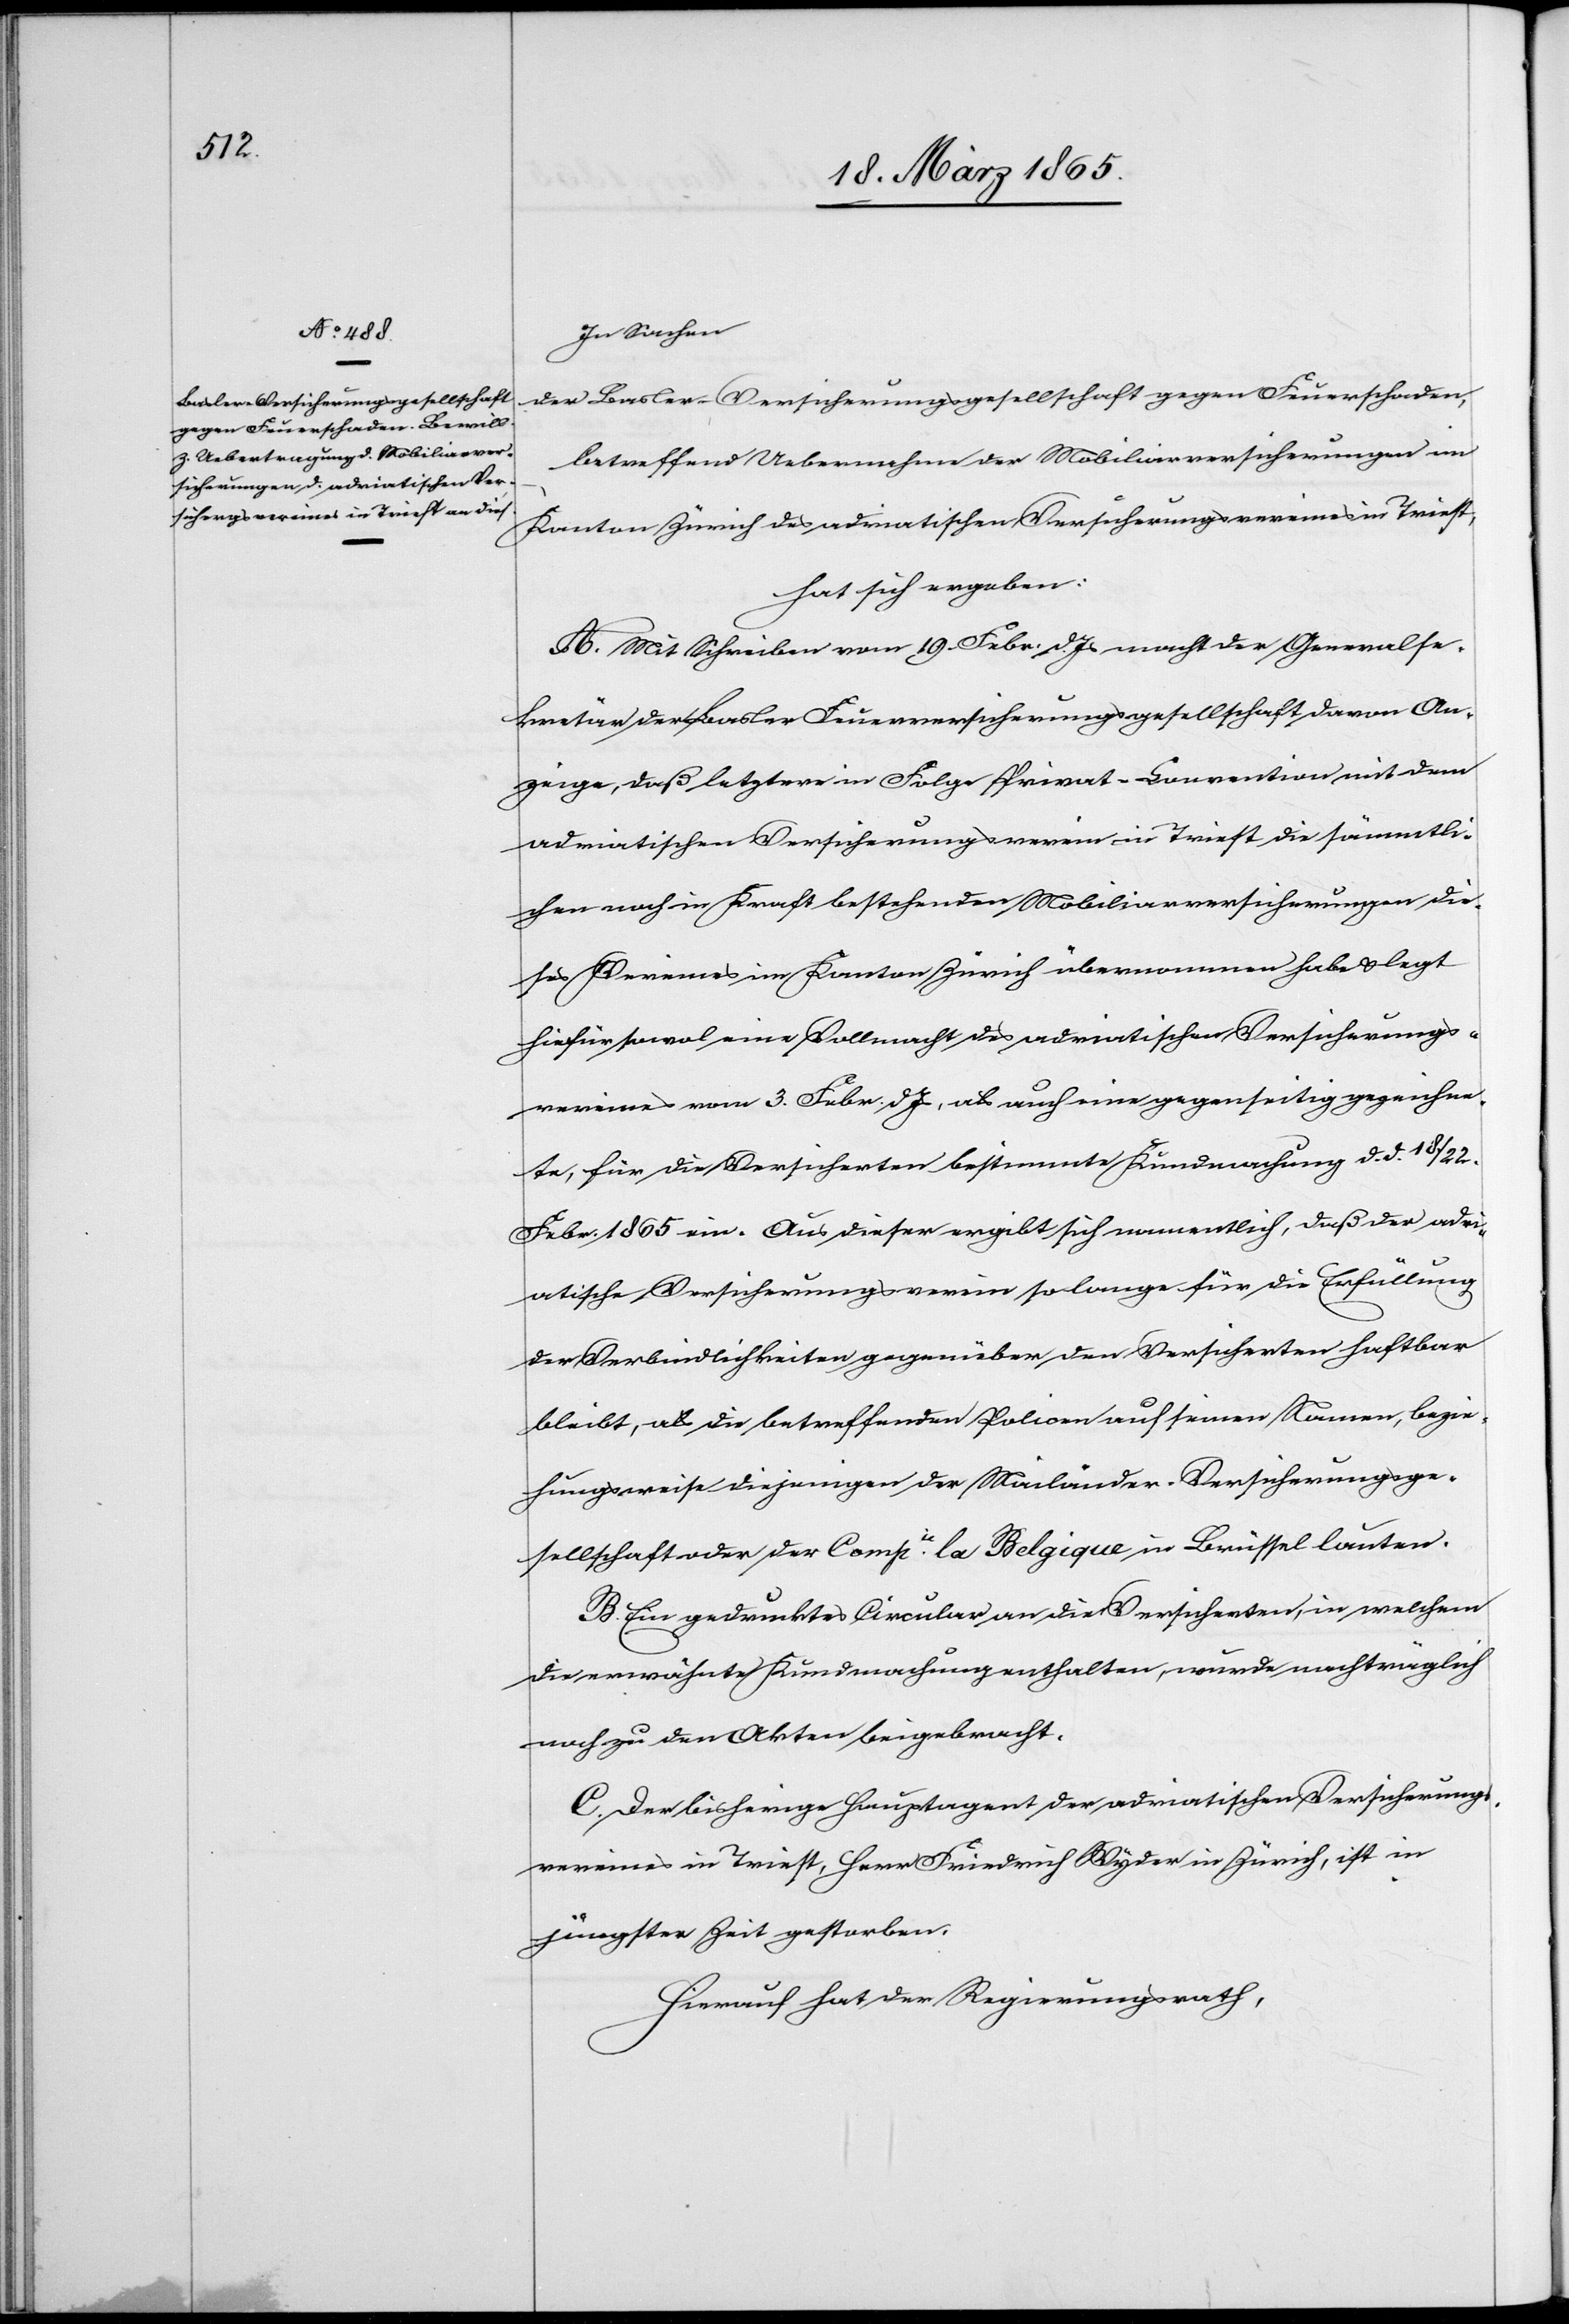
In Sachen
der Basler-Versicherungsgesellschaft gegen Feuerschaden,
betreffend Uebernahme der Mobiliarversicherungen im
Kanton Zürich des adriatischen Versicherungsvereines in Triest,
hat sich ergeben:
A. Mit Schreiben vom 19. Febr. d. Js macht der Generalse¬
kretär der Basler Feuerversicherungsgesellschaft davon An¬
zeige, daß letztere in Folge Privat-Convention mit dem
adriatischen Versicherungsverein in Triest die sämmtli¬
chen noch in Kraft bestehenden Mobiliarversicherungen die¬
ses Vereines im Kanton Zürich übernommen habe & legt
hiefür sowol eine Vollmacht des adriatischen Versicherungs¬
vereines vom 3. Febr. d Js, als auch eine gegenseitig gezeichne¬
te, für die Versicherten bestimmte Kundmachung d. d. 18./22.
Febr. 1865 ein. Aus dieser ergibt sich namentlich, daß der adri¬
atische Versicherungsverein solange für die Erfüllung
der Verbindlichkeiten gegenüber den Versicherten haftbar
bleibt, als die betreffenden Policen auf seinen Namen, bezie¬
hungsweise diejenigen der Mailänder-Versicherungsge¬
sellschaft oder der Compie la Belgique in Brüssel lauten.
B. Ein gedrucktes Circular an die Versicherten, in welchem
die erwähnte Kundmachung enthalten, wurde nachträglich
noch zu den Akten beigebracht.
C. Der bisherige Hauptagent der adriatischen Versicherungs¬
vereines in Reist, Herr Friedrich Wyder in Zürich, ist in
jüngster Zeit gestorben.
Hierauf hat der Regierungsrath,